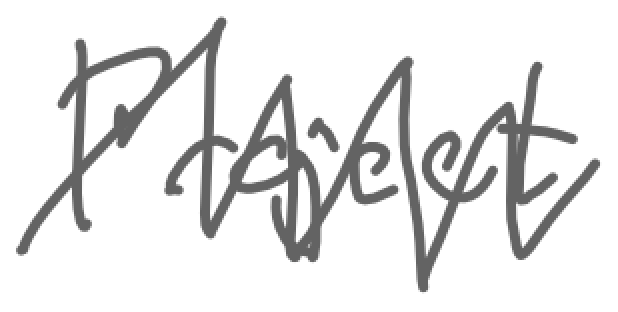
Text: Project
Cross-out: zig-zag
Writing tool: digital_gray